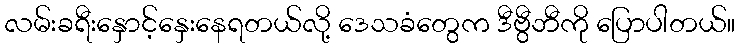
လမ်းခရီးနှောင့်နှေးနေရတယ်လို့ ဒေသခံတွေက ဒီဗွီဘီကို ပြောပါတယ်။